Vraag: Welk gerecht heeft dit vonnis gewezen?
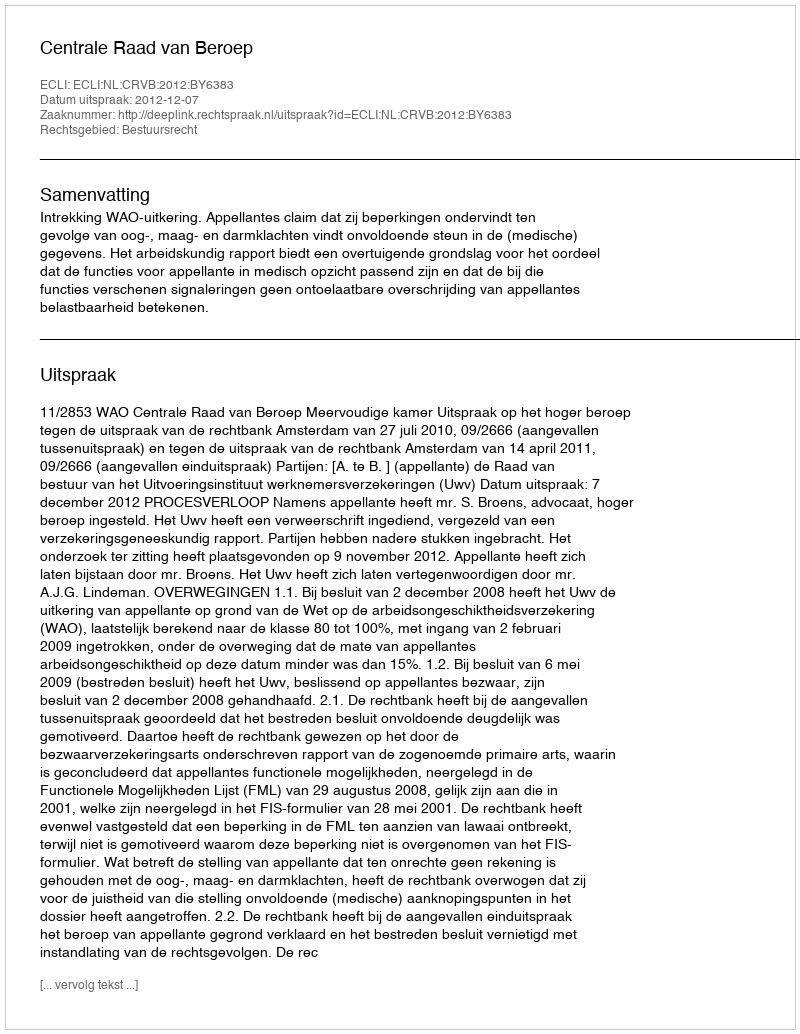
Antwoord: Centrale Raad van Beroep